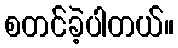
စတင်ခဲ့ပါတယ်။